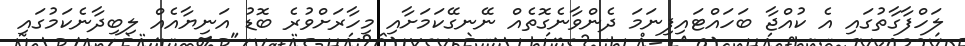
ލަހްފާގާތުގައި އެ ކުއްޖާ ބަހައްޓައިފިނަމަ ދެންވާނެގޮތެއް ނޭނގޭކަމަށާއި މިހާރަށްވުރެ ބޮޑު އަނިޔާއެއް ލިބިދާނެކަމުގައި